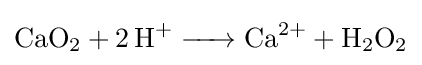
{\ce {CaO2 + 2H+ -> Ca^2+ + H2O2}}